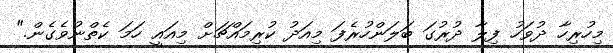
މިހުރިހާ ދުވަހު ފިލާ ދުރުގަ ބަލަންހުރެފަ މިއަދު ކުރިމައްޗަށް މިއައީ ހަމަ ކެތްނުވެގެން."